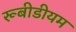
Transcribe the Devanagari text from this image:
रूबीडीयम